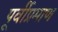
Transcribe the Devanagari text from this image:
पूर्वीप्रमाण